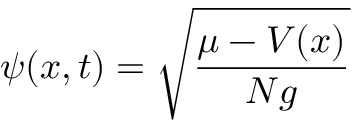
\psi ( x , t ) = { \sqrt { \frac { \mu - V ( x ) } { N g } } }